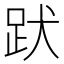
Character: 𧿡